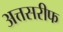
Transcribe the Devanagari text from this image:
अत्तसरीफ